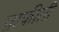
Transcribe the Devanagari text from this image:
ग्राफीती